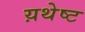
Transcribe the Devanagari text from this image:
य़थेष्ट